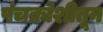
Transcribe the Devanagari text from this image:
पंचक्रोशीतून